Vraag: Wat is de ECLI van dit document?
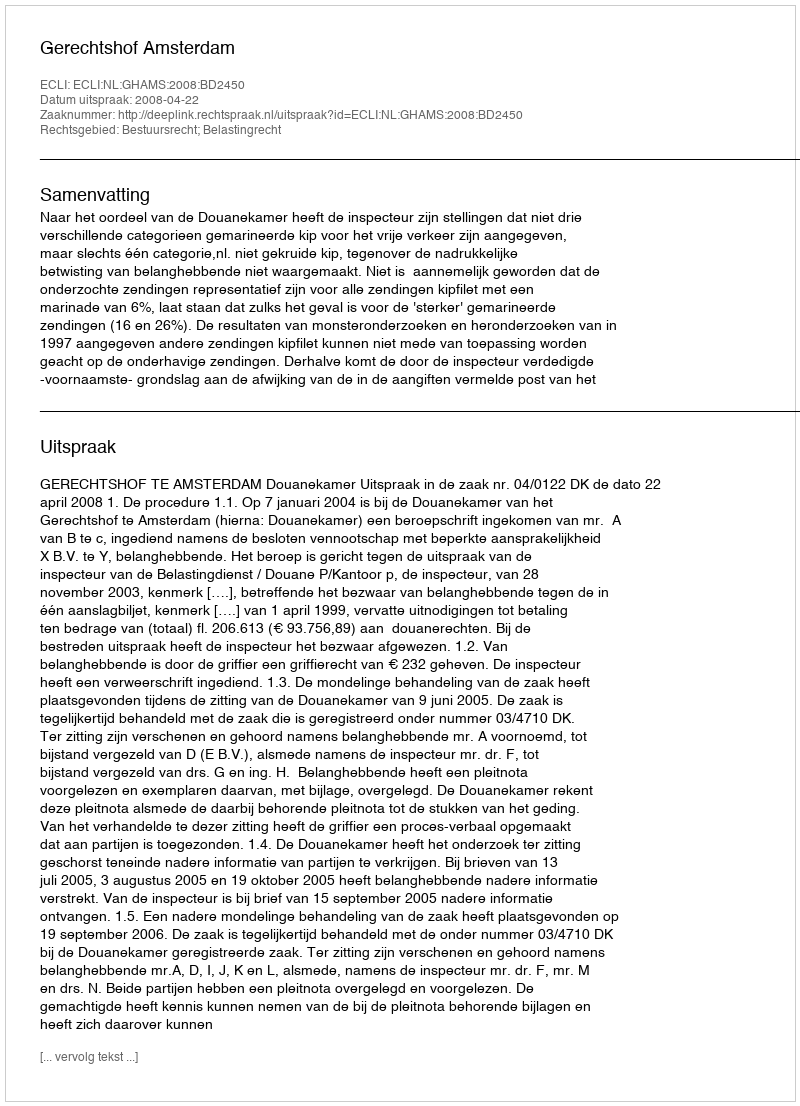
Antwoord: ECLI:NL:GHAMS:2008:BD2450